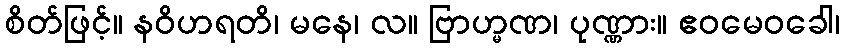
စိတ်ဖြင့်။ နဝိဟရတိ၊ မနေ၊ လ။ ဗြာဟ္မဏ၊ ပုဏ္ဏား။ ဧဝမေဝခေါ၊